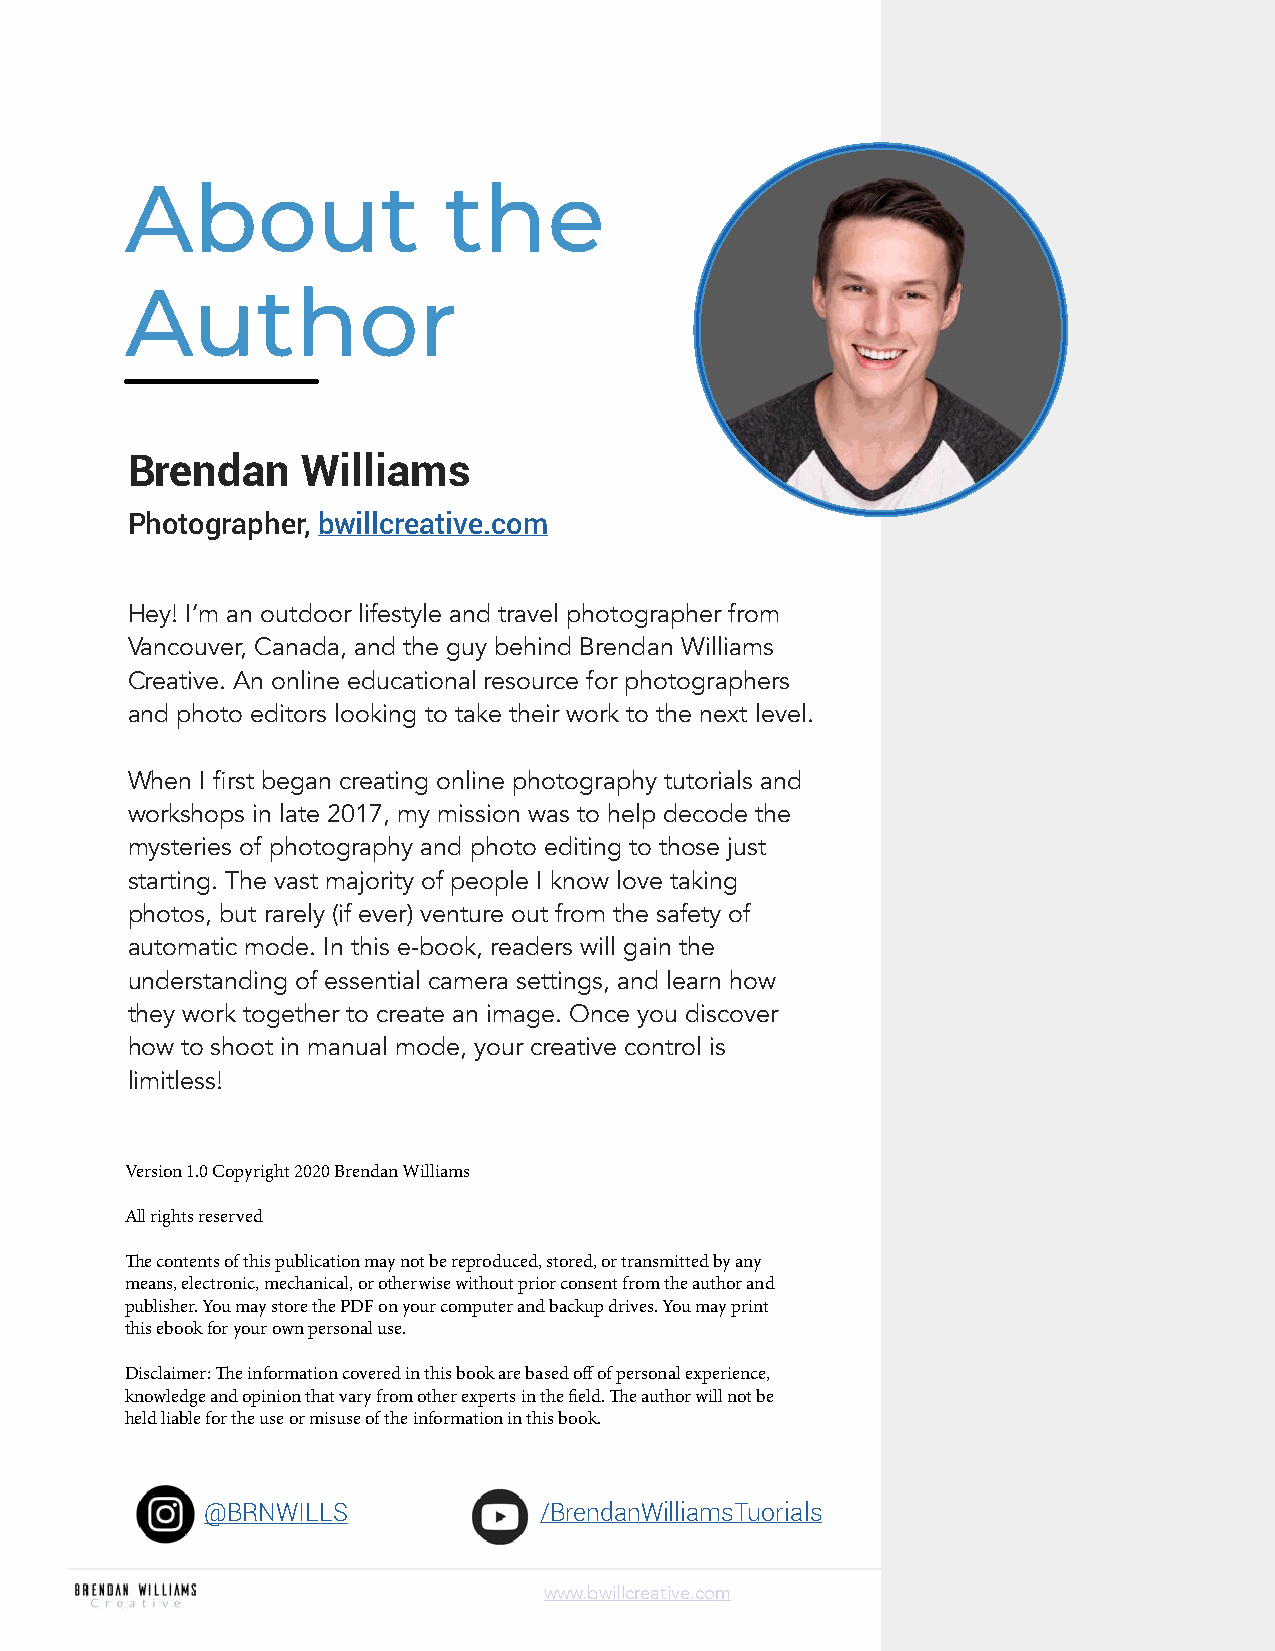
About                the
 Author
 Brendan     Williams
 Photographer, bwillcreative.com
 Hey! I’m an outdoor lifestyle and travel photographer from
 Vancouver, Canada, and the guy behind Brendan Williams
 Creative. An online educational resource for photographers
 and photo editors looking to take their work to the next level.
 When I first began creating online photography tutorials and
 workshops in late 2017, my mission was to help decode the
 mysteries of photography and photo editing to those just
 starting. The vast majority of people I know love taking
 photos, but rarely (if ever) venture out from the safety of
 automatic mode. In this e-book, readers will gain the
 understanding of essential camera settings, and learn how
 they work together to create an image. Once you discover
 how to shoot in manual mode, your creative control is
 limitless!
 Version 1.0 Copyright 2020 Brendan Williams
 All rights reserved
 The contents of this publication may not be reproduced, stored, or transmitted by any
 means, electronic, mechanical, or otherwise without prior consent from the author and
 publisher. You may store the PDF on your computer and backup drives. You may print
 this ebook for your own personal use.
 Disclaimer: The information covered in this book are based off of personal experience,
 knowledge and opinion that vary from other experts in the field. The author will not be
 held liable for the use or misuse of the information in this book.
 @BRNWILLS             /BrendanWilliamsTuorials
 www.bwillcreative.com                       2